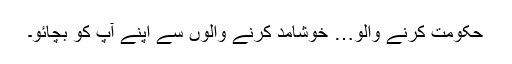
حکومت کرنے والو… خوشامد کرنے والوں سے اپنے آپ کو بچائو۔